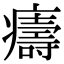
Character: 㿒